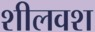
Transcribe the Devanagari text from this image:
शीलवश